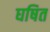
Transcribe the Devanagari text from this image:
घषित